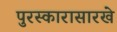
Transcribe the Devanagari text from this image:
पुरस्कारासारखे